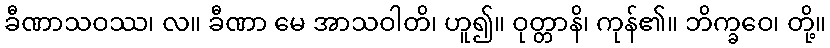
ခီဏာသဝဿ၊ လ။ ခီဏာ မေ အာသဝါတိ၊ ဟူ၍။ ဝုတ္တာနိ၊ ကုန်၏။ ဘိက္ခဝေ၊ တို့။